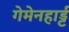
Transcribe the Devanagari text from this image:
गेमेनहार्ड्ट